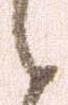
之